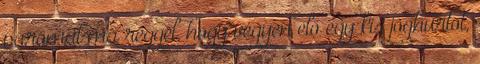
páromat ma reggel, hogy vegyen elő egy kis joghurtot,